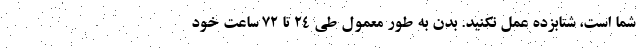
شما است، شتابزده عمل نکنید. بدن به طور معمول طی 24 تا 72 ساعت خود